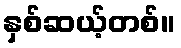
နှစ်ဆယ့်တစ်။